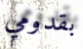
بقدومي